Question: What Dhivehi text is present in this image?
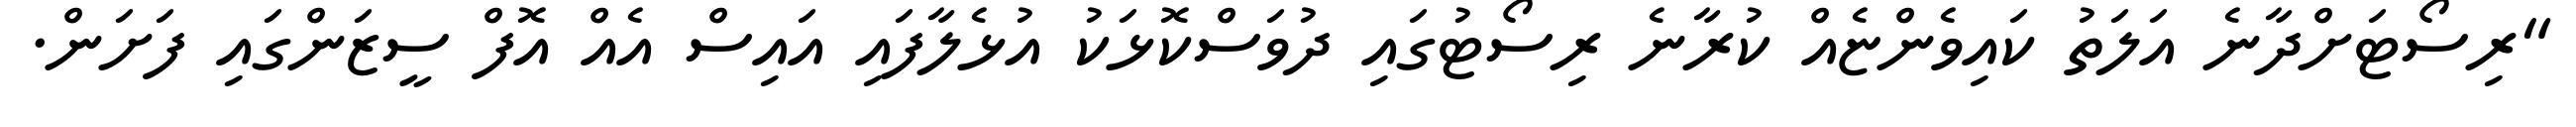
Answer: "ރިސޯޓަށްދާނެ އަލަތު ކައިވެންޏެއް ކުރާނެ ރިސޯޓުގައި ދުވަސްކޮޅަކު އުޅެލާފައި އައިސް އެއް އޮފް ސީޒަންގައި ފަށަން.